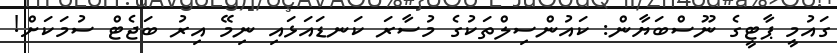
ގައުމީ ޕާޓީގެ ނޫސްބަޔާން: ކައުންސިލްތަކުގެ މުސާރަ ކަނޑައަޅައި ނިމޭ އިރު ބަޖެޓް ސުމަކަށް!